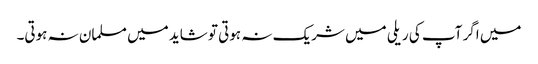
میں اگر آپ کی ریلی میں شریک نہ ہوتی تو شاید میں مسلمان نہ ہوتی۔